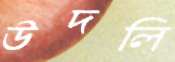
উদলি